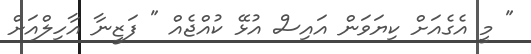
" މީ އެގެއަށް ކިޔަވަން އައިސް އުޅޭ ކުއްޖެއް " ފަޒީނާ އާހިލްއަށް